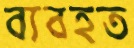
ব্যবহত